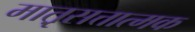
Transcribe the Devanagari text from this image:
मात़ृसत्तात्मक